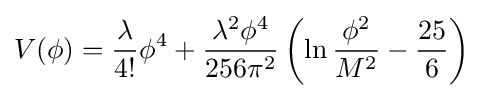
V(\phi )={\frac {\lambda }{4!}}\phi ^{4}+{\frac {\lambda ^{2}\phi ^{4}}{256\pi ^{2}}}\left(\ln {\frac {\phi ^{2}}{M^{2}}}-{\frac {25}{6}}\right)